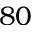
8 0